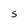
Character: S